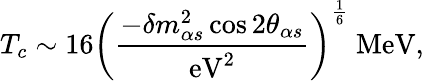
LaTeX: T_{c}\sim 16\left({\frac{-\delta m_{\alpha s}^{2}\cos 2\theta_{\alpha s}}{\mathrm{eV}^{2}}}\right)^{\frac{1}{6}}\ \mathrm{MeV},